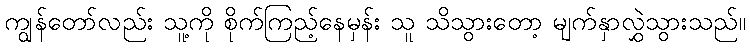
ကျွန်တော်လည်း သူ့ကို စိုက်ကြည့်နေမှန်း သူ သိသွားတော့ မျက်နှာလွှဲသွားသည်။